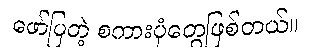
ဖော်ပြတဲ့ စကားပုံတွေဖြစ်တယ်။